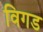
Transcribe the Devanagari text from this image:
विगड